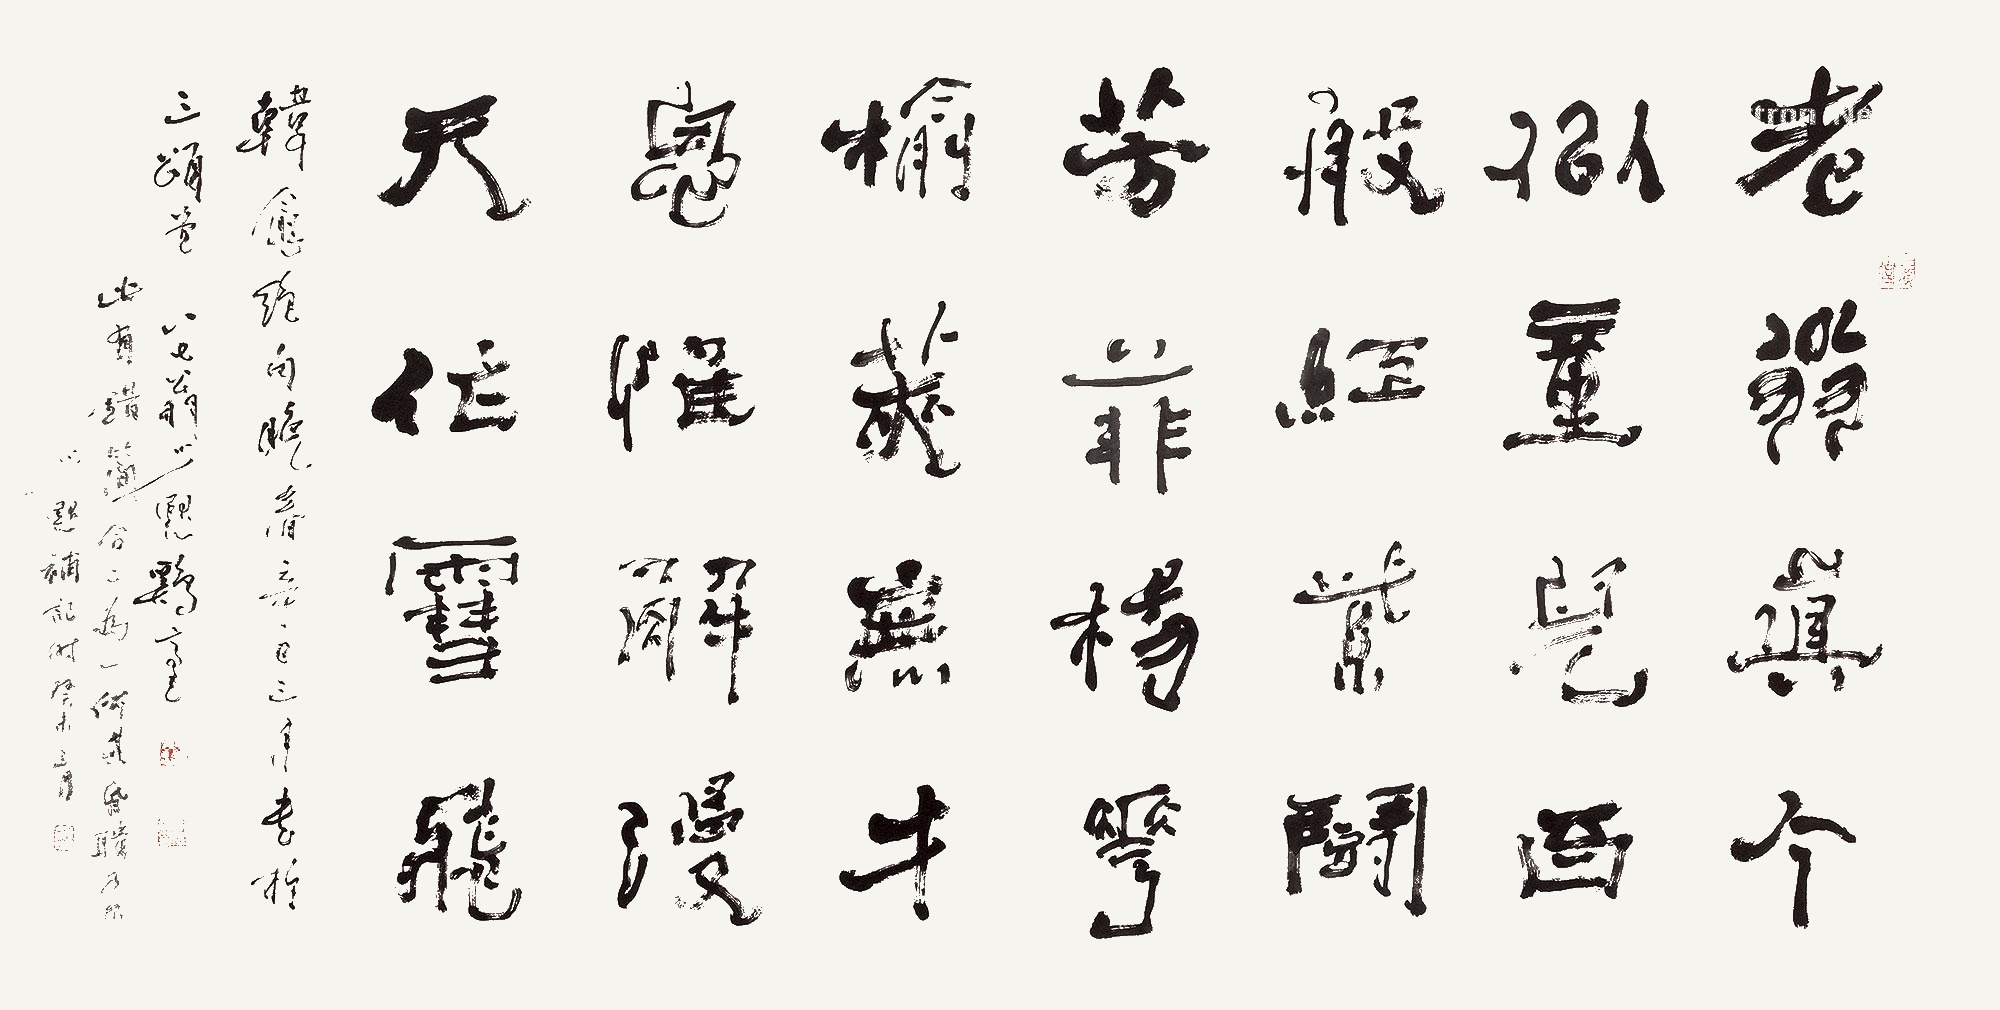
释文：老翁真个似童儿，百般红紫闹芳菲。杨花榆荚无才思，惟解漫天作雪飞。韩愈绝句晚春。辛巳三月书于三颂堂，八七翁少默鸡毫。此有错简，合二为一，何其昏聩乃尔。少默补记，时癸未三月。